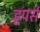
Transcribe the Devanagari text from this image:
हूपर्स